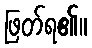
ဖြတ်ရ၏။